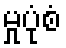
မှုပုံစံ